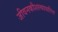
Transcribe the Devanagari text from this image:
जीवनकौशल्याधारित